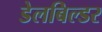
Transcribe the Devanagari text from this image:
डेलबिल्डर